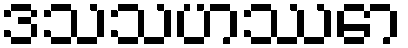
ဒသသဟဿော